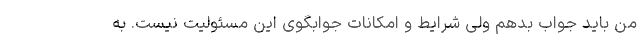
من باید جواب بدهم ولی شرایط و امکانات جوابگوی این مسئولیت نیست. به